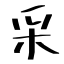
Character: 采